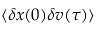
\langle \delta x ( 0 ) \delta v ( \tau ) \rangle